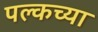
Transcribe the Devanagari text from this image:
पल्कच्या